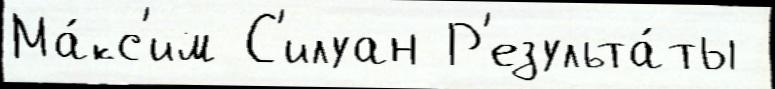
Ма́кс'им С'илуан Р'езульта́ты